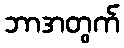
ဘာအတွက်